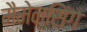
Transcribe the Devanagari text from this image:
मैमेनसिंग